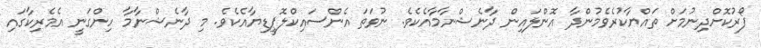
ފޯރުކޮށްދިނުމަށް ތައްޔާކުރެވެމުންދާ އޮންލައިން ދާނެޝްނާމާއެކެވެ. ނުވަތަ އެންސައިކްލޮޕީޑިޔާއެކެވެ. މި ދާނެޝްނާމާ ހިންގަނީ އެމެރިކާގައި